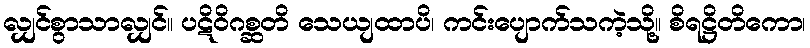
လျှင်စွာသာလျှင်။ ပဋိဝိဂစ္ဆတိ သေယျထာပိ၊ ကင်းပျောက်သကဲ့သို့။ စိရဋ္ဌိတိကော၊